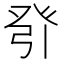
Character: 𰤎